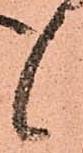
候